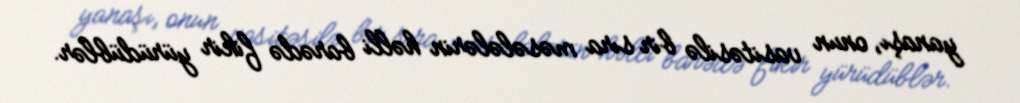
yanaşı, onun vasitəsilə bir sıra məsələlərin həlli barədə fikir yürüdüblər.